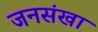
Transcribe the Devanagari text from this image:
जनसंखा